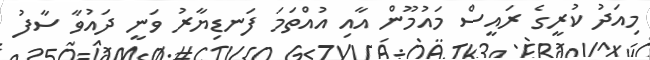
މިއަދު ކުރީގެ ރައީސް މައުމޫން އާއި އުއްތަމަ ފަނޑިޔާރު ވަނީ ދައުވާ ސާފު